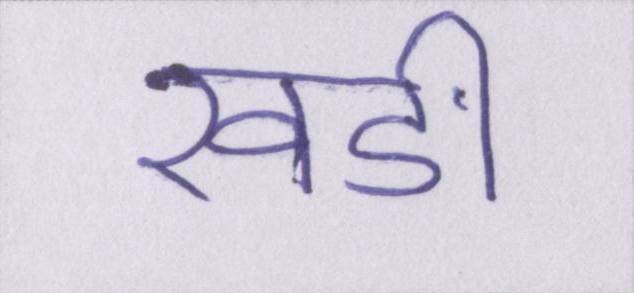
खङी